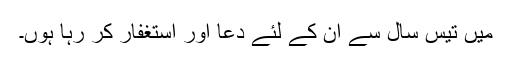
میں تیس سال سے ان کے لئے دُعا اور استغفار کر رہا ہوں۔